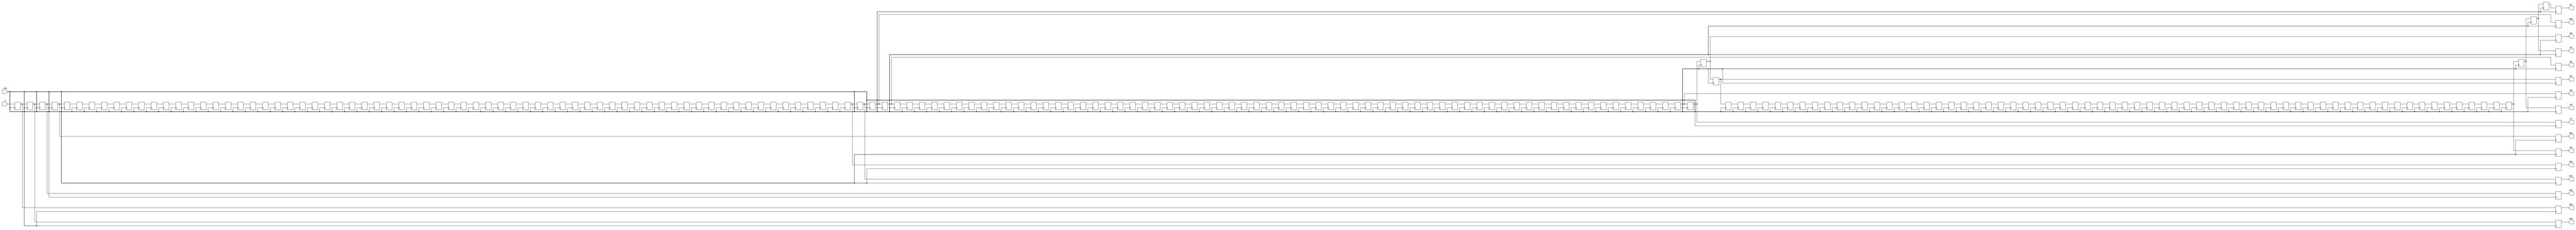
`timescale 1ns / 1ps
//////////////////////////////////////////////////////////////////////////////////
// Company: 
// Engineer: 
// 
// Design Name: 
// Module Name: ShiftReg
// Project Name: 
// Target Devices: 
// Tool Versions: 
// Description: 
// 
// Dependencies: 
// 
// Revision:
// Revision 0.01 - File Created
// Additional Comments:
// 
//////////////////////////////////////////////////////////////////////////////////


module ShiftReg(
    input [7:0] x,
    input clk,
    output reg [7:0] o1,o2,o3,o4,o5,o6,o7,o8,o9,o10,o11,o12,o13,o14,o15,o16
    );
    
    reg [7:0] Register [0:204];
    integer i;
    
 /* assign o1 = Register[0];
    assign o2 = Register[1];
    assign o3 = Register[2];
    assign o4 = Register[3];
    
    assign o5 = Register[67];
    assign o6 = Register[68];
    assign o7 = Register[69];
    assign o8 = Register[70];
    
    assign o9 = Register[134];
    assign o10 = Register[135];
    assign o11 = Register[136];
    assign o12 = Register[137];
    
    assign o13 = Register[201];
    assign o14 = Register[202];
    assign o15 = Register[203];
    assign o16 = Register[204];*/
    
    
    always@(posedge clk)
    begin
    Register[204] <= x;
    for(i=0; i < 204; i = i + 1)
    begin
        Register[i] <= Register[i+1];
    end
    
    o1 <= Register[0];
    o2 <= Register[1];
    o3 <= Register[2];
    o4 <= Register[3];
    
    o5 <= Register[67];
    o6 <= Register[68];
    o7 <= Register[69];
    o8 <= Register[70];
    
    o9 <= Register[134];
    o10 <= Register[135];
    o11 <= Register[136];
    o12 <= Register[137];
    
    o13 <= Register[201];
    o14 <= Register[202];
    o15 <= Register[203];
    o16 <= Register[204]; 
    end
    
endmodule